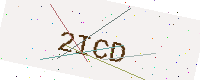
Text: 2ICD